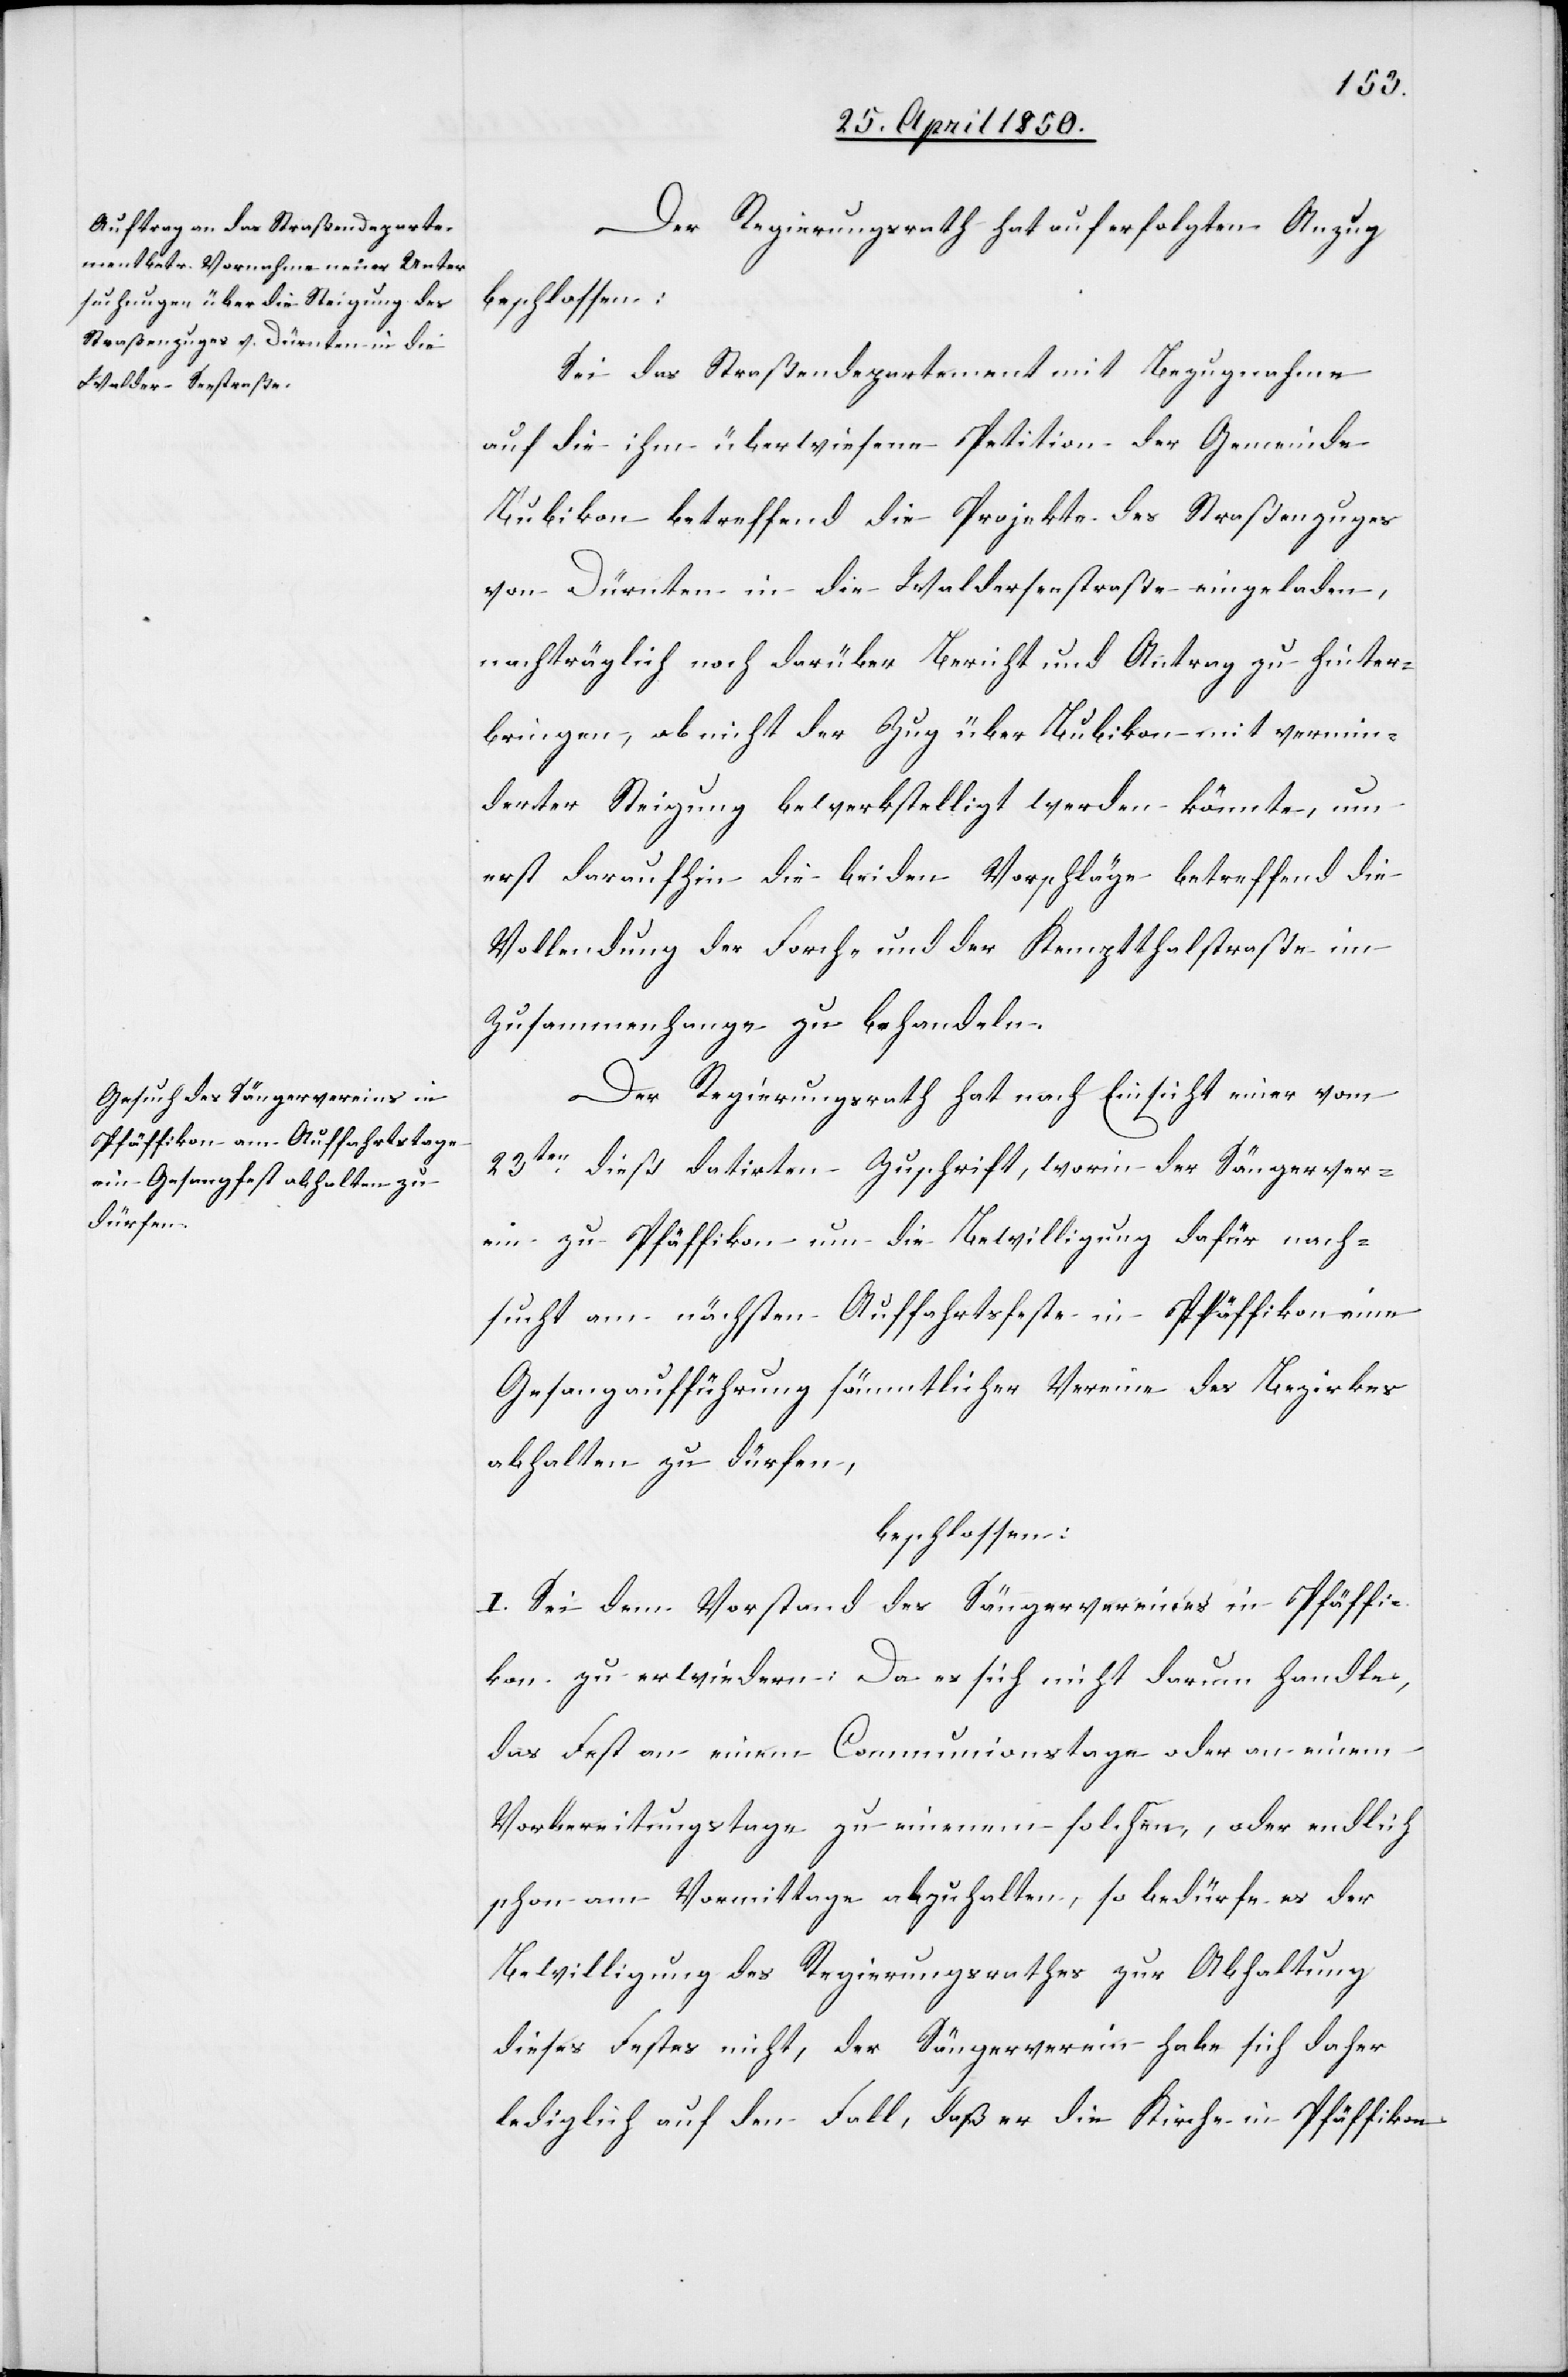
Der Regierungsrath hat auf erfolgten Anzug
beschlossen:
Sei das Straßendepartement mit Bezugnahme
auf die ihm überwiesene Petition der Gemeinde
Bubikon betreffend die Projekte des Straßenzuges
von Dürnten in die Walderseestraße eingeladen,
nachträglich noch darüber Bericht und Antrag zu hinter¬
bringen, ob nicht der Zug über Bubikon mit vermin¬
derter Steigung bewerkstelligt werden könnte, um
erst daraufhin die beiden Vorschläge betreffend die
Vollendung der Forch- und der Kemptthalstraße im
Zusammenhange zu behandeln.
Der Regierungsrath hat nach Einsicht einer vom
23ten dieß datirten Zuschrift, worin der Sängerver¬
ein zu Pfäffikon um die Bewilligung dafür nach¬
sucht am nächsten Auffahrtsfeste in Pfäffikon eine
Gesangaufführung sämmtlicher Vereine des Bezirkes
abhalten zu dürfen,
beschlossen:
I. Sei dem Vorstand des Sängervereines in Pfäffi¬
kon zu erwiedern: Da es sich nicht darum handle,
das Fest an einem Communionstage oder an einem
Vorbereitungstage zu einem solchen, oder endlich
schon am Vormittage abzuhalten, so bedürfe es der
Bewilligung des Regierungsrathes zur Abhaltung
dieses Festes nicht, der Sängerverein habe sich daher
lediglich auf den Fall, daß er die Kirche in Pfäffikon,